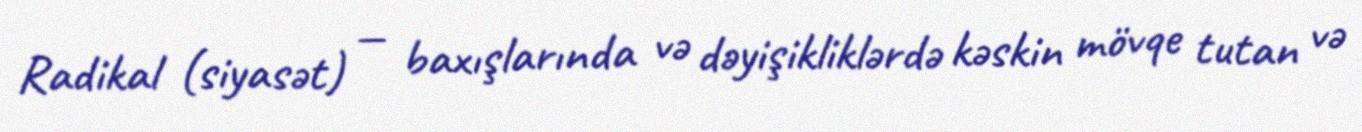
Radikal (siyasət) — baxışlarında və dəyişikliklərdə kəskin mövqe tutan və